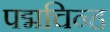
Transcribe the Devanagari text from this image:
पद्मचिन्ह